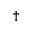
^ \dagger